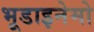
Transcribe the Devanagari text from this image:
भूडाइनेमो